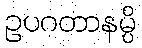
ဥပဂတာနမ္ပိ